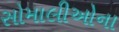
સોમાલીઓના